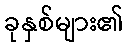
ခုနှစ်များ၏